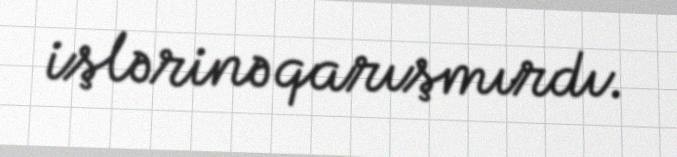
işlərinə qarışmırdı.